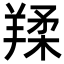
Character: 𦎤